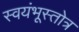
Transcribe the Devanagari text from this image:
स्वयंभूस्तोत्र